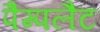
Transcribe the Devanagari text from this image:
पैम्पलैट